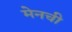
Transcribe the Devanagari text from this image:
मेनची